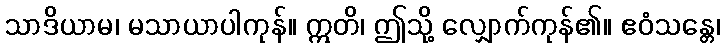
သာဒိယာမ၊ မသာယာပါကုန်။ ဣတိ၊ ဤသို့ လျှောက်ကုန်၏။ ဧဝံသန္တေ၊